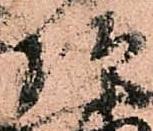
頭